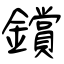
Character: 鑜